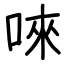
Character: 唻